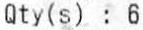
QTY(S) : 6